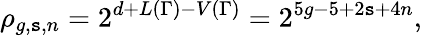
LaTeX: \rho_{g,\mathtt{s},n}=2^{d+L(\Gamma)-V(\Gamma)}=2^{5g-5+2\mathtt{s}+4n},